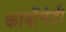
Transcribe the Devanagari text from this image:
कार्बोनेटी